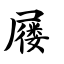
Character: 屦